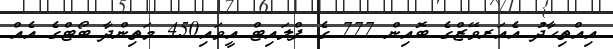
އިއްތިހާދު އެއަރވޭޒްގެ ބޮއިން 777 ގެ ފްލައިޓް އީވައި450 މަތިންދާ ބޯޓްގެ އެއް